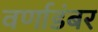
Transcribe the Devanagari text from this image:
वर्णाडंबर